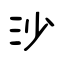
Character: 沙